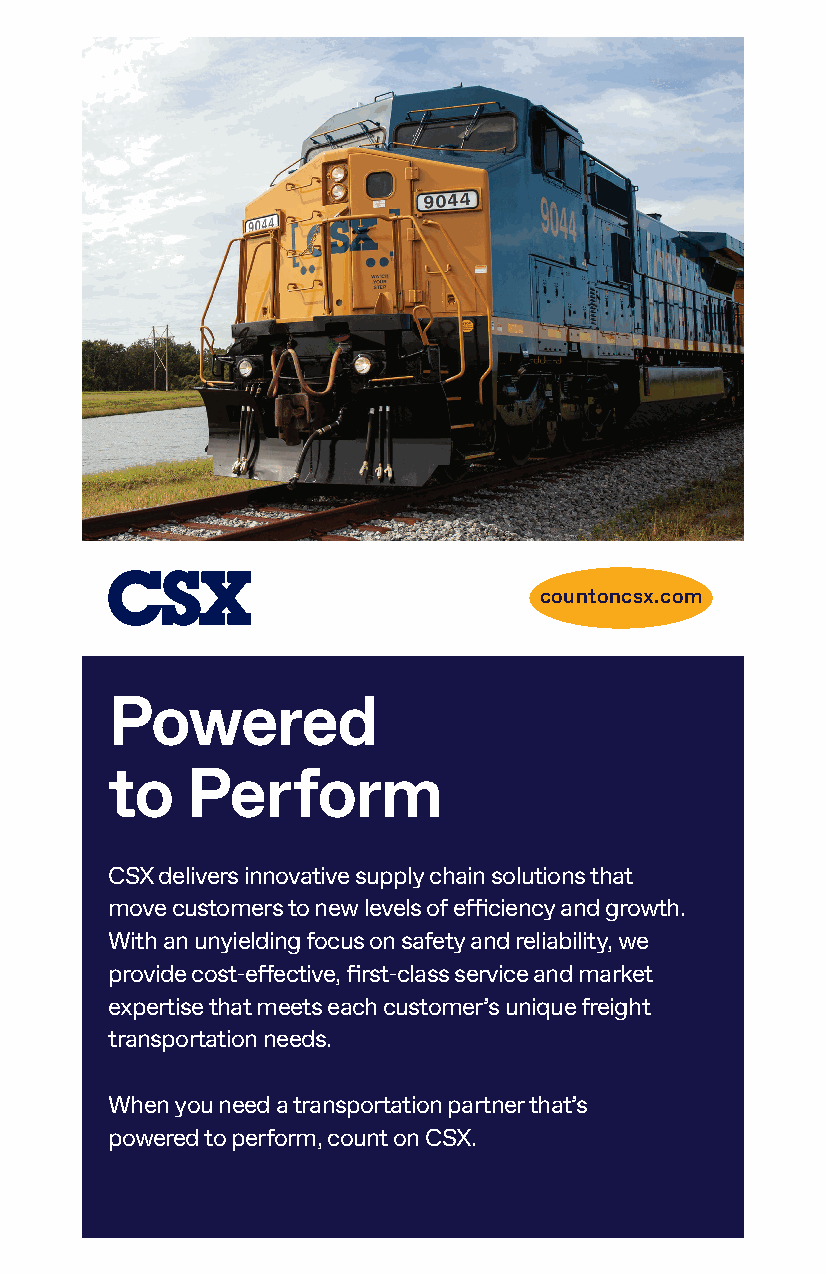
countoncsx.com
 Powered
 to   Perform
 CSX delivers innovative supply chain solutions that
 move customers to new levels of efficiency and growth.
 With an unyielding focus on safety and reliability, we
 provide cost-effective, first-class service and market
 expertise that meets each customer’s unique freight
 transportation needs.
 When you need a transportation partner that’s
 powered to perform, count on CSX.
 CCSSXXTT--000000559955__GGeenneerraallAAdd__MMiicchhiiggaannRRaaiillCCoonnff__55xx88__rrSSGG..iinndddd 11 88//55//2211 33::5500 PPMM